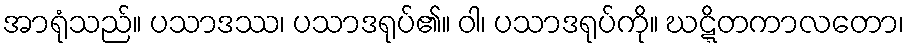
အာရုံသည်။ ပသာဒဿ၊ ပသာဒရုပ်၏။ ဝါ၊ ပသာဒရုပ်ကို။ ဃဋ္ဋိတကာလတော၊